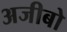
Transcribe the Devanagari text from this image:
अजीबो